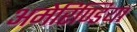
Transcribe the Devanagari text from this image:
अमेरिण्डिया